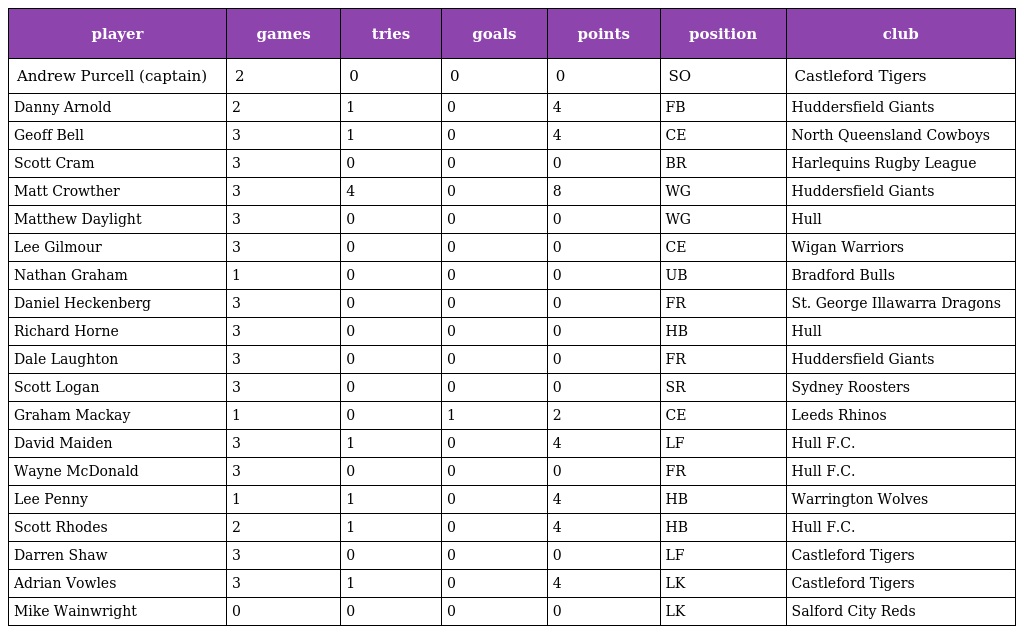
| player | games | tries | goals | points | position | club |
 | --- | --- | --- | --- | --- | --- | --- |
 | Andrew Purcell (captain) | 2 | 0 | 0 | 0 | SO | Castleford Tigers |
 | Danny Arnold | 2 | 1 | 0 | 4 | FB | Huddersfield Giants |
 | Geoff Bell | 3 | 1 | 0 | 4 | CE | North Queensland Cowboys |
 | Scott Cram | 3 | 0 | 0 | 0 | BR | Harlequins Rugby League |
 | Matt Crowther | 3 | 4 | 0 | 8 | WG | Huddersfield Giants |
 | Matthew Daylight | 3 | 0 | 0 | 0 | WG | Hull |
 | Lee Gilmour | 3 | 0 | 0 | 0 | CE | Wigan Warriors |
 | Nathan Graham | 1 | 0 | 0 | 0 | UB | Bradford Bulls |
 | Daniel Heckenberg | 3 | 0 | 0 | 0 | FR | St. George Illawarra Dragons |
 | Richard Horne | 3 | 0 | 0 | 0 | HB | Hull |
 | Dale Laughton | 3 | 0 | 0 | 0 | FR | Huddersfield Giants |
 | Scott Logan | 3 | 0 | 0 | 0 | SR | Sydney Roosters |
 | Graham Mackay | 1 | 0 | 1 | 2 | CE | Leeds Rhinos |
 | David Maiden | 3 | 1 | 0 | 4 | LF | Hull F.C. |
 | Wayne McDonald | 3 | 0 | 0 | 0 | FR | Hull F.C. |
 | Lee Penny | 1 | 1 | 0 | 4 | HB | Warrington Wolves |
 | Scott Rhodes | 2 | 1 | 0 | 4 | HB | Hull F.C. |
 | Darren Shaw | 3 | 0 | 0 | 0 | LF | Castleford Tigers |
 | Adrian Vowles | 3 | 1 | 0 | 4 | LK | Castleford Tigers |
 | Mike Wainwright | 0 | 0 | 0 | 0 | LK | Salford City Reds |